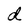
Character: d